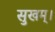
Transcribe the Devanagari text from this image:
सुखम्।